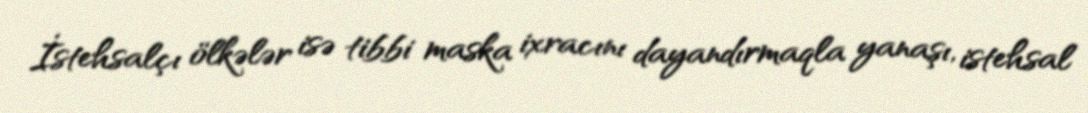
İstehsalçı ölkələr isə tibbi maska ixracını dayandırmaqla yanaşı, istehsal